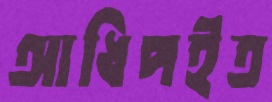
আধিপইত